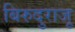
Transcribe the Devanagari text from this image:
बिरुदुराजू